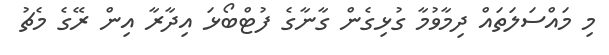
މި މައްސަލަތައް ދިމާވުމާ ގުޅިގެން ގާނާގެ ފުޓްބޯޅަ އިދާރާ އިން ރޭގެ މެޗު